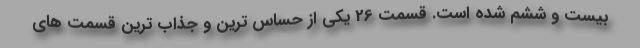
بیست و ششم شده است. قسمت 26 یکی از حساس ترین و جذاب ترین قسمت های